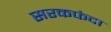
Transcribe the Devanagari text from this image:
सरकफंदा